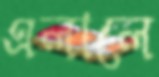
এলালে